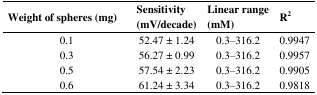
<table><thead><tr><td><b>Weight of spheres (mg)</b></td><td><b>Sensitivity (mV/decade)</b></td><td><b>Linear range (mM)</b></td><td><b>R<sup>2</sup></b></td></tr></thead><tbody><tr><td>0.1</td><td>52.47 ± 1.24</td><td>0.3–316.2</td><td>0.9947</td></tr><tr><td>0.3</td><td>56.27 ± 0.99</td><td>0.3–316.2</td><td>0.9957</td></tr><tr><td>0.5</td><td>57.54 ± 2.23</td><td>0.3–316.2</td><td>0.9905</td></tr><tr><td>0.6</td><td>61.24 ± 3.34</td><td>0.3–316.2</td><td>0.9818</td></tr></tbody></table>